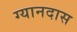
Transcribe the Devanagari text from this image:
ग्यानदास